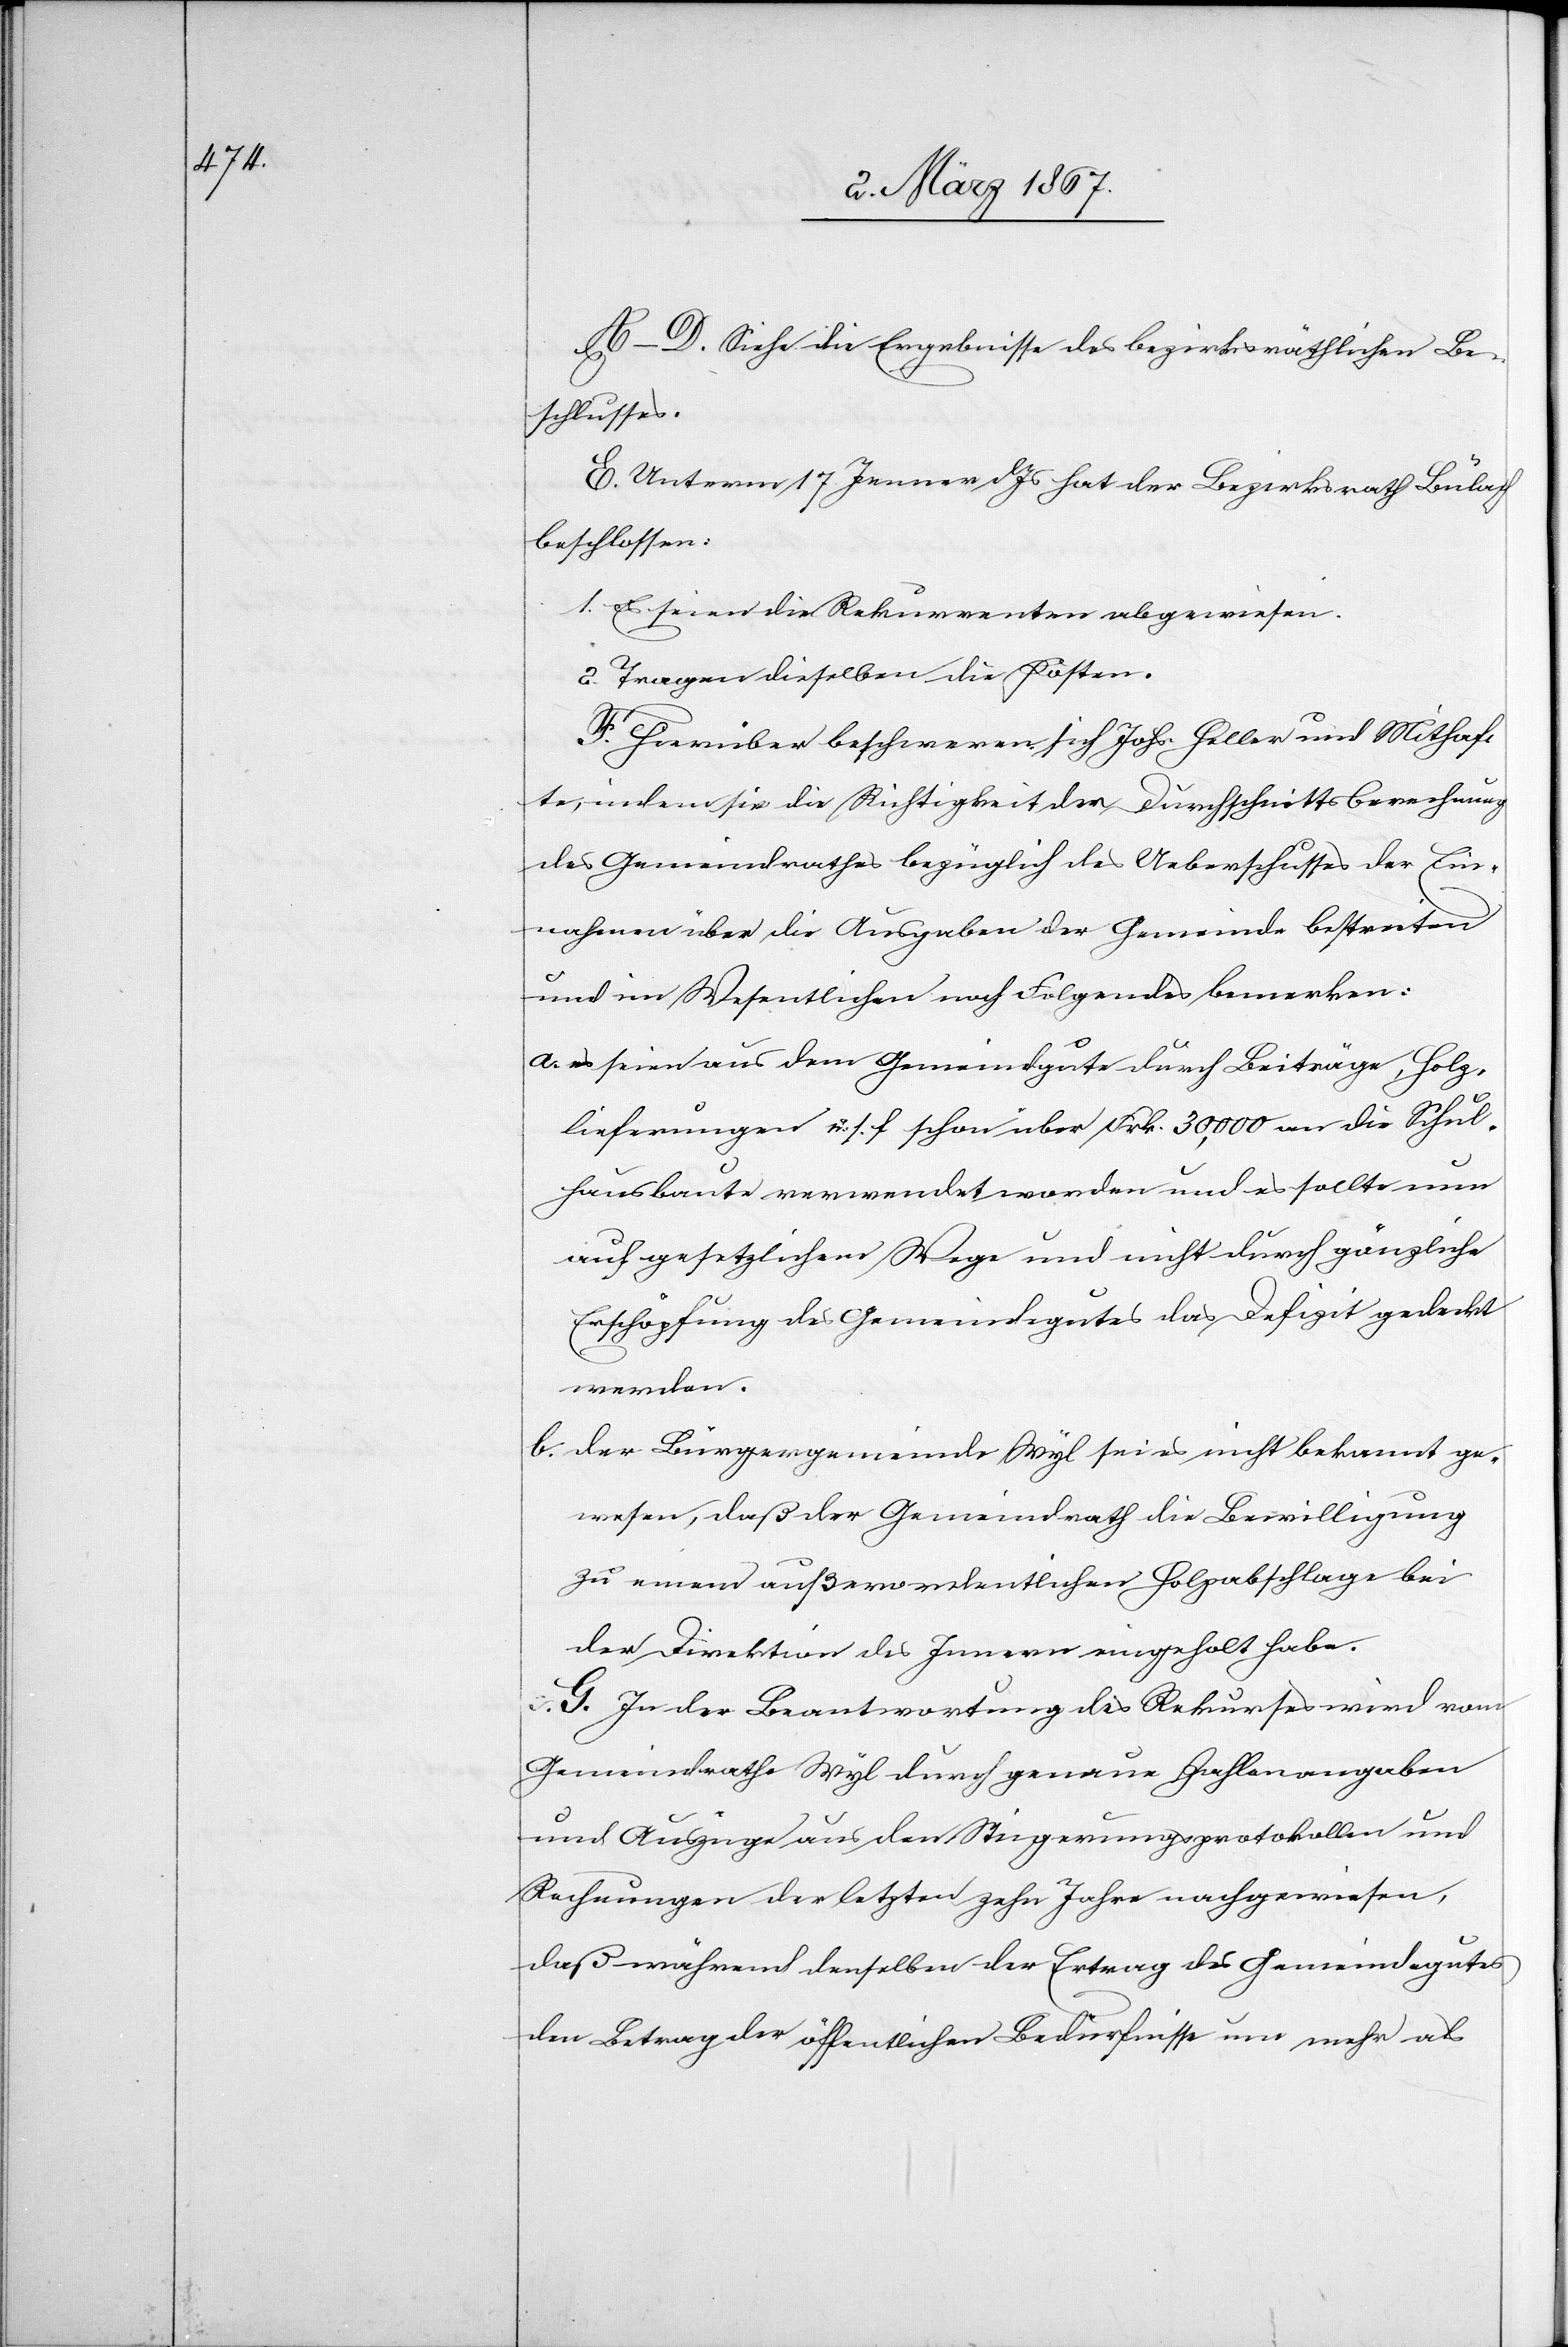
A–D. Siehe die Ergebnisse des bezirksräthlichen Be¬
schlusses.
E. Unterm 17. Jenner d. Js hat der Bezirksrath Bülach
beschlossen:
1. Es seien die Rekurrenten abgewiesen.
2. Tragen dieselben die Kosten.
F. Hierüber beschweren sich Johs. Heller und Mithaf¬
te, indem sie die Richtigkeit der Durchschnittsberechnung
des Gemeindrathes bezüglich des Ueberschusses der Ein¬
nahmen über die Ausgaben der Gemeinde bestreiten
und im Wesentlichen noch Folgendes bemerken:
a. es seien aus dem Gemeindgute durch Beiträge, Holz¬
lieferungen u. s. f. schon über Frk. 30,000 an die Schul¬
hausbaute verwendet worden und es sollte nun
auf gesetzlichem Wege und nicht durch gänzliche
Erschöpfung des Gemeindegutes das Defizit gedeckt
werden.
b. der Bürgergemeinde Wyl sei es nicht bekannt ge¬
wesen, daß der Gemeindrath die Bewilligung
zu einem außerordentlichen Holzabschlage bei
der Direktion des Innern eingeholt habe.
G. In der Beantwortung des Rekurses wird vom
Gemeindrathe Wyl durch genaue Zahlenangaben
und Auszüge aus den Steigerungsprotokollen und
Rechnungen der letzten zehn Jahre nachgewiesen,
daß während denselben der Ertrag des Gemeindegutes
den Betrag der öffentlichen Bedürfnisse um mehr als